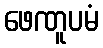
ဖေဏူပမံ